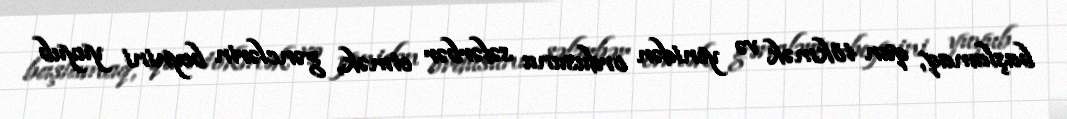
başlamaq, qan tökmək və yenidən ordusunu səfərbər etmək, gənclərin beynini yuyub